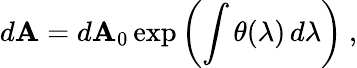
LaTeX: d\mathbf{A}=d\mathbf{A}_{0}\exp\left(\int\theta(\lambda)\, d\lambda\right)\ ,